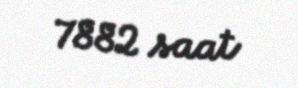
7882 saat